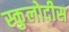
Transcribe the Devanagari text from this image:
स्कुलोदीस